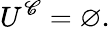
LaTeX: U^{\mathscr{C}}=\varnothing.